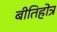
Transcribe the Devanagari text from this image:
बीतिहोत्र